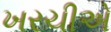
ખરચીએ